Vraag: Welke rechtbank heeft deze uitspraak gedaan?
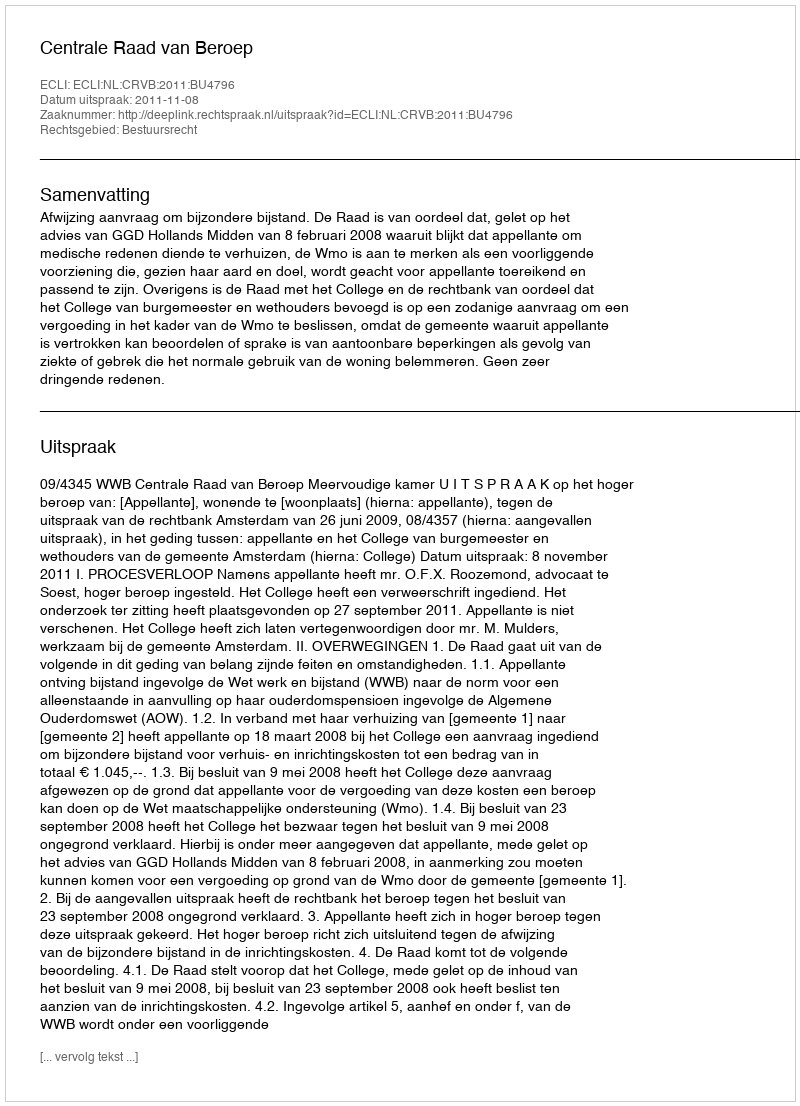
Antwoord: Centrale Raad van Beroep